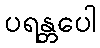
ပရန္တပေါ